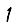
Digit: 1